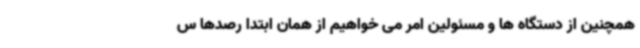
همچنین از دستگاه ها و مسئولین امر می خواهیم از همان ابتدا رصدها س